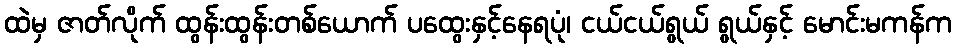
ထဲမှ ဇာတ်လိုက် ထွန်းထွန်းတစ်ယောက် ပထွေးနှင့်နေရပုံ၊ ငယ်ငယ်ရွယ် ရွယ်နှင့် မောင်းမကန်က